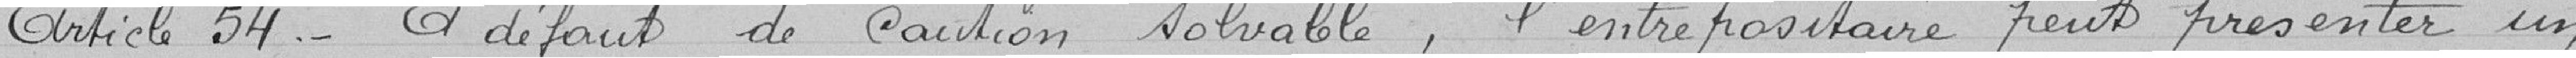
Article 54: à défaut de caution solvable, l'entrepositaire peut présenter un